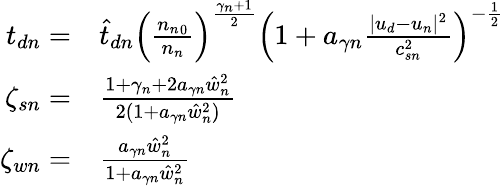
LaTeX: \begin{array}{rl}{{t_{dn}}=}&{\hat{t}_{dn}\left(\frac{{n_{n}}_{0}}{{n_{n}}}\right)^{\frac{\gamma_{n}+1}{2}}\left(1+a_{\gamma n}\frac{|{u_{d}}-{u_{n}}|^{2}}{c_{sn}^{2}}\right)^{-\frac 12}}\\ {\zeta_{sn}=}&{\frac{1+\gamma_{n}+2a_{\gamma n}\hat{w}_{n}^{2}}{2(1+a_{\gamma n}\hat{w}_{n}^{2})}}\\ {\zeta_{wn}=}&{\frac{a_{\gamma n}\hat{w}_{n}^{2}}{1+a_{\gamma n}\hat{w}_{n}^{2}}}\end{array}